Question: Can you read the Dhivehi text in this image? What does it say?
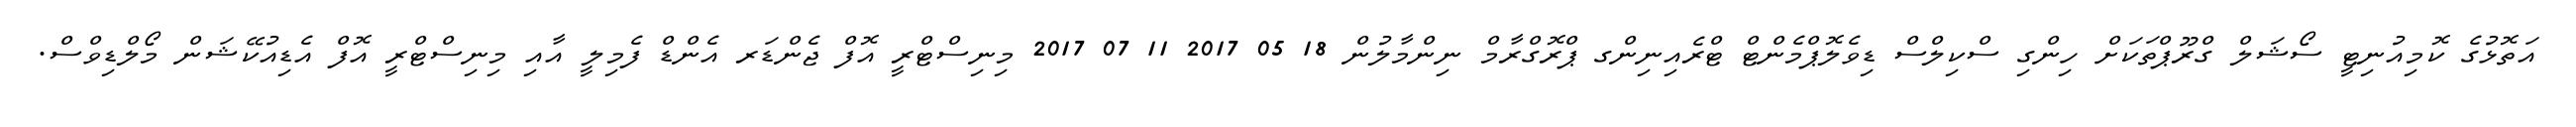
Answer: އަތޮޅުގެ ކޮމިއުނިޓީ ސޯޝަލް ގްރޫޕްތަކަށް ހިންގި ސްކިލްސް ޑިވެލޮޕްމެންޓް ޓްރެއިނިންގ ޕްރޮގްރާމް ނިންމާލުން 18 05 2017 11 07 2017 މިނިސްޓްރީ އޮފް ޖެންޑަރ އެންޑް ފެމިލީ އާއި މިނިސްޓްރީ އޮފް އެޑިއުކޭޝަން މޯލްޑިވްސް.